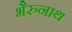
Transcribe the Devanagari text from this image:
भैरुनाथ